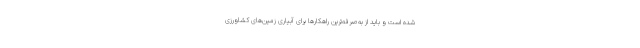
شده است و باید از به‌صرفه‌ترین راهکارها برای آبیاری زمین‌های کشاورزی